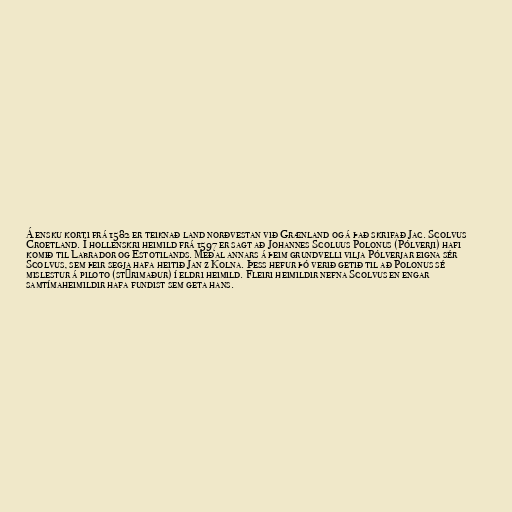
Á ensku korti frá 1582 er teiknað land norðvestan við Grænland og á það skrifað Jac. Scolvus
Croetland. Í hollenskri heimild frá 1597 er sagt að Johannes Scoluus Polonus (Pólverji) hafi
komið til Labrador og Estotilands. Meðal annars á þeim grundvelli vilja Pólverjar eigna sér
Scolvus, sem þeir segja hafa heitið Jan z Kolna. Þess hefur þó verið getið til að Polonus sé
mislestur á piloto (stýrimaður) í eldri heimild. Fleiri heimildir nefna Scolvus en engar
samtímaheimildir hafa fundist sem geta hans.